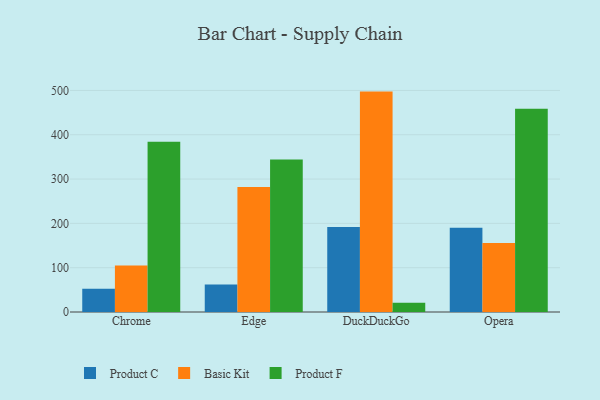
{"axis": {"x": "Browser", "y": "Waste Production (Tons)"}, "legend": ["Basic Kit", "Product C", "Product F"], "data": [{"x": "Chrome", "y": 52.3, "type": "Product C"}, {"x": "Chrome", "y": 105.0, "type": "Basic Kit"}, {"x": "Chrome", "y": 384.4, "type": "Product F"}, {"x": "Edge", "y": 62.0, "type": "Product C"}, {"x": "Edge", "y": 282.1, "type": "Basic Kit"}, {"x": "Edge", "y": 344.0, "type": "Product F"}, {"x": "DuckDuckGo", "y": 191.7, "type": "Product C"}, {"x": "DuckDuckGo", "y": 497.4, "type": "Basic Kit"}, {"x": "DuckDuckGo", "y": 20.9, "type": "Product F"}, {"x": "Opera", "y": 190.3, "type": "Product C"}, {"x": "Opera", "y": 155.9, "type": "Basic Kit"}, {"x": "Opera", "y": 458.7, "type": "Product F"}]}